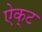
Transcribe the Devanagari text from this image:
ऐक्‌ट